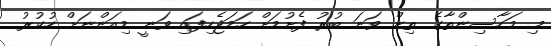
މި މަހާސިންތާގެ ތިން ވަނަ ބުރު ފެށުމަށް ހަމަޖެހިފައި ވަނީ މިއަންނަށް ހުކުރު